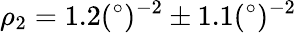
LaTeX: \rho_{2}=1.2(^{\circ})^{-2}\pm 1.1(^{\circ})^{-2}